system: You are a helpful assistant.
user:
Analyze the provided spectrum to determine if it is a **S-type Star**.

- **Key Indicators for S-type Star:**

    - **(Overall Spectrum Shape):** The first and most obvious characteristic is the overall continuum (the "baseline" shape). It is **extremely "red-sloping,"** meaning the flux (light intensity) is very low on the left side (blue, ~4000-4500 Å) and rises steeply and continuously toward the right side (red, ~7000 Å+).

    - **(Primary):** The spectrum is defined by the presence of strong, broad molecular absorption "valleys" (bands) from **Zirconium Oxide (ZrO)**. The identification of these bands is the **primary requirement** for classifying a star as S-type.
        - **(Key Bandheads):** You must find distinct, deep "dips" where the light has been absorbed. The most critical band systems to locate are:
            - **~6474 Å** ($\gamma$-system): This is often the strongest and clearest ZrO feature, found in the red part of the spectrum.
            - **~5718 Å** & **~5551 Å** ($\beta$-system): A pair of prominent absorption features in the yellow-orange part of the spectrum.
            - **~4640 Å** ($\alpha$-system): A key absorption band system in the blue-green region of the spectrum.

    - **(Secondary Confirmation):** The classification is strengthened by finding additional absorption bands from other related heavy element oxides, which are expected to be present alongside ZrO.
        - **(Key Bandheads):**
            - **Yttrium Oxide (YO):** Look for absorption dips near **~4800 Å** and **~6100 Å**.
            - **Lanthanum Oxide (LaO):** Additional absorption features, particularly in the red-orange part of the spectrum, are also characteristic.

    - **(Line Profile):** The combination of the steep red continuum and these numerous, deep molecular bands (ZrO, YO, etc.) gives the entire spectrum a very **"chopped-up"** or **"bumpy"** appearance. Instead of a smooth curve, the spectrum looks as though large, wide chunks of light have been "carved out" of it at the specific wavelengths listed above.

Think first, call **spectral_visualization_tool** if needed to examine features in detail, then provide your final answer. Your response must adhere to the following strict rules:
1.  **Overall Structure:** Your response must follow the format `<think>...</think> <tool_call>...</tool_call> (if a tool is used) <answer>...</answer>`.
2.  **Tool Usage Constraint:** You may only make **one** tool call per turn.
3.  **Final Answer Format:** In the `<answer>` tag, your conclusion must be inside a `\boxed{}` command (e.g., `\boxed{YES}` or `\boxed{NO}`), followed by your justification.

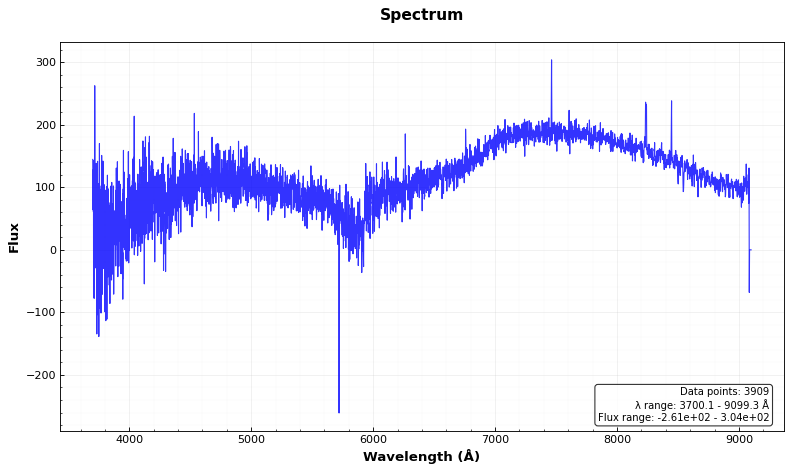
Answer: NO